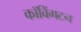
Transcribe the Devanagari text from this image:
कॉविंगटन